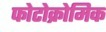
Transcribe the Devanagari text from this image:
फोटोक्रोमिक